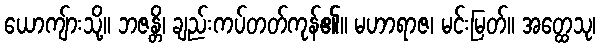
ယောကျ်ားသို့။ ဘဇန္တိ၊ ချည်းကပ်တတ်ကုန်၏။ မဟာရာဇ၊ မင်းမြတ်။ အတ္ထေသု၊